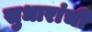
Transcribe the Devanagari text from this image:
सुधारांची